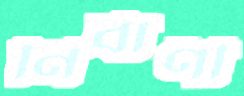
নির্বাণী